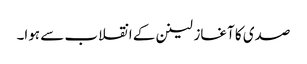
صدی کا آغاز لینن کے انقلاب سے ہوا۔